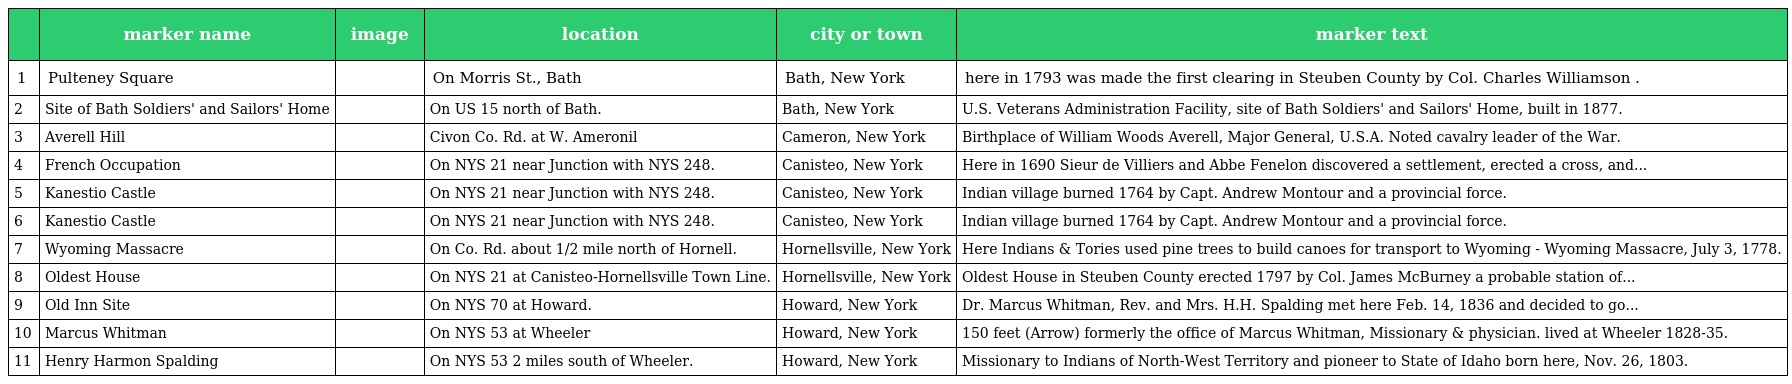
|  | marker name | image | location | city or town | marker text |
 | --- | --- | --- | --- | --- | --- |
 | 1 | Pulteney Square |  | On Morris St., Bath | Bath, New York | here in 1793 was made the first clearing in Steuben County by Col. Charles Williamson . |
 | 2 | Site of Bath Soldiers' and Sailors' Home |  | On US 15 north of Bath. | Bath, New York | U.S. Veterans Administration Facility, site of Bath Soldiers' and Sailors' Home, built in 1877. |
 | 3 | Averell Hill |  | Civon Co. Rd. at W. Ameronil | Cameron, New York | Birthplace of William Woods Averell, Major General, U.S.A. Noted cavalry leader of the War. |
 | 4 | French Occupation |  | On NYS 21 near Junction with NYS 248. | Canisteo, New York | Here in 1690 Sieur de Villiers and Abbe Fenelon discovered a settlement, erected a cross, and... |
 | 5 | Kanestio Castle |  | On NYS 21 near Junction with NYS 248. | Canisteo, New York | Indian village burned 1764 by Capt. Andrew Montour and a provincial force. |
 | 6 | Kanestio Castle |  | On NYS 21 near Junction with NYS 248. | Canisteo, New York | Indian village burned 1764 by Capt. Andrew Montour and a provincial force. |
 | 7 | Wyoming Massacre |  | On Co. Rd. about 1/2 mile north of Hornell. | Hornellsville, New York | Here Indians & Tories used pine trees to build canoes for transport to Wyoming - Wyoming Massacre, July 3, 1778. |
 | 8 | Oldest House |  | On NYS 21 at Canisteo-Hornellsville Town Line. | Hornellsville, New York | Oldest House in Steuben County erected 1797 by Col. James McBurney a probable station of... |
 | 9 | Old Inn Site |  | On NYS 70 at Howard. | Howard, New York | Dr. Marcus Whitman, Rev. and Mrs. H.H. Spalding met here Feb. 14, 1836 and decided to go... |
 | 10 | Marcus Whitman |  | On NYS 53 at Wheeler | Howard, New York | 150 feet (Arrow) formerly the office of Marcus Whitman, Missionary & physician. lived at Wheeler 1828-35. |
 | 11 | Henry Harmon Spalding |  | On NYS 53 2 miles south of Wheeler. | Howard, New York | Missionary to Indians of North-West Territory and pioneer to State of Idaho born here, Nov. 26, 1803. |